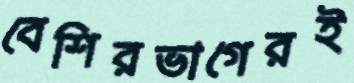
বেশিরভাগেরই